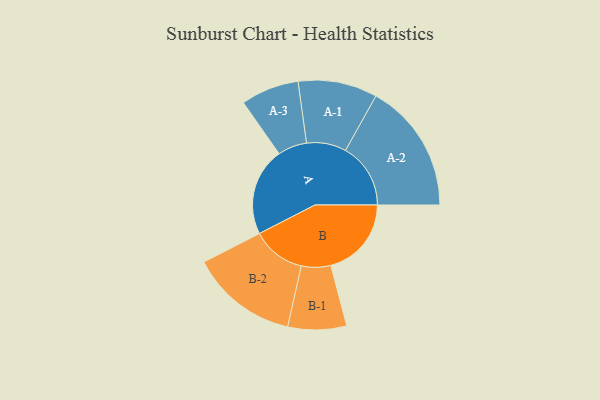
{"axis": {"x": "Segment", "y": "Value"}, "legend": ["", "A", "B"], "data": [{"x": "A", "y": 393, "type": ""}, {"x": "B", "y": 360, "type": ""}, {"x": "A-1", "y": 177, "type": "A"}, {"x": "A-2", "y": 291, "type": "A"}, {"x": "A-3", "y": 130, "type": "A"}, {"x": "B-1", "y": 131, "type": "B"}, {"x": "B-2", "y": 240, "type": "B"}]}